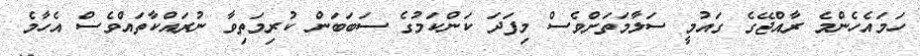
ހަމައެހެންމެ ރާއްޖޭގެ ގައުމީ ސަލާމަތަށްވެސް މިފަދަ ކަންކަމުގެ ސަބަބަން ކުރިމަތިވާ ނުރައްކާތައްވެސް އެހާމެ